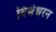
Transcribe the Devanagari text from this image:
विश्वेश्वरन